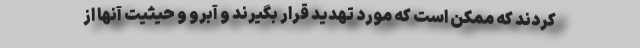
کردند که ممکن است که مورد تهدید قرار بگیرند و آبرو و حیثیت آنها از